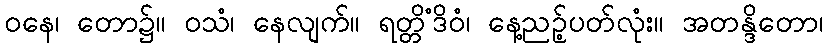
ဝနေ၊ တော၌။ ဝသံ၊ နေလျက်။ ရတ္တိံဒိဝံ၊ နေ့ညဉ့်ပတ်လုံး။ အတန္ဒိတော၊